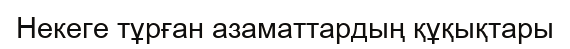
Некеге тұрған азаматтардың құқықтары